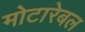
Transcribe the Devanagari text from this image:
मोटारेबल